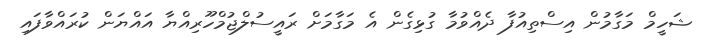
ޝަހީމް މަގާމުން އިސްތިއުފާ ދެއްވުމާ ގުޅިގެން އެ މަގާމަށް ރައީސުލްޖުމްހޫރިއްޔާ އައްޔަން ކުރައްވާފައި